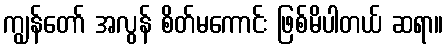
ကျွန်တော် အလွန် စိတ်မကောင်း ဖြစ်မိပါတယ် ဆရာ။